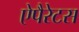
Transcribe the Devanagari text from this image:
ऐपैरेटस